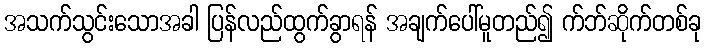
အသက်သွင်းသောအခါ ပြန်လည်ထွက်ခွာရန် အချက်ပေါ်မူတည်၍ က်ဘ်ဆိုက်တစ်ခု